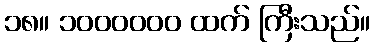
၁၈။ ၁၀၀၀၀၀၀ ထက် ကြီးသည်။